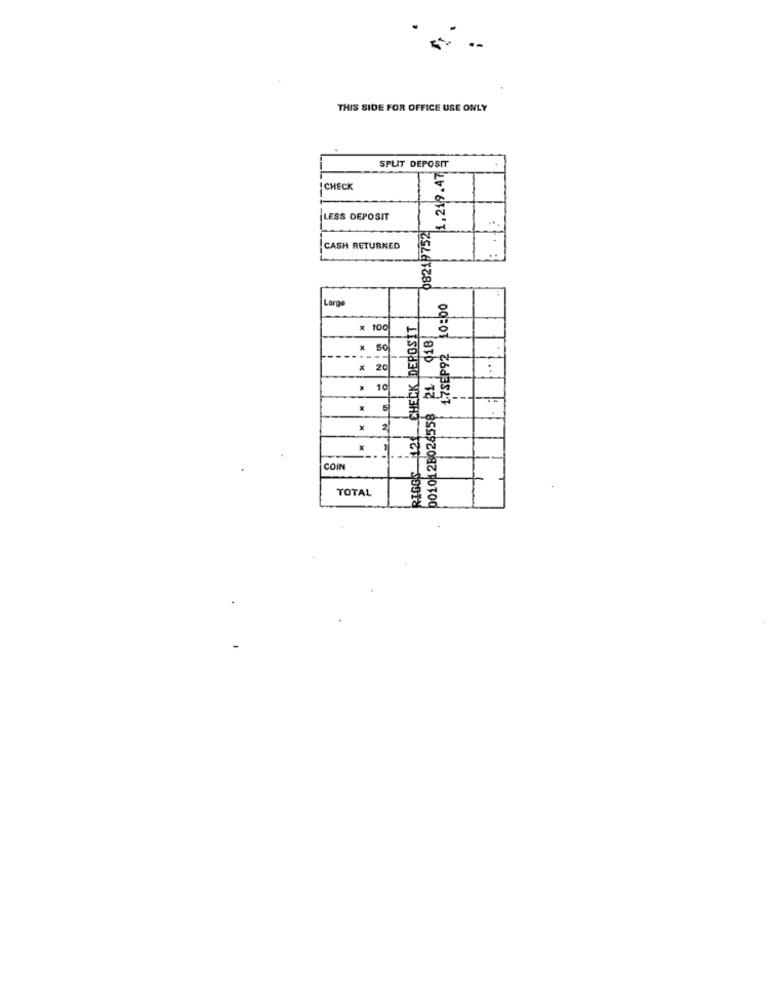
THIS SIDE FOR OFFICE USE ONLY
SPLIT DEPOSIT
1.219.47
CHECK
LESS DEPOSIT
08219752
CASH RETURNED
Large
17SEP92 10:00
RIGGS 124 CHECK DEPOSIT
100
0010128028558 21 018
50
x
20
10
N
COIN
TOTAL